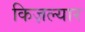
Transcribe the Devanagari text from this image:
किज़ल्यार